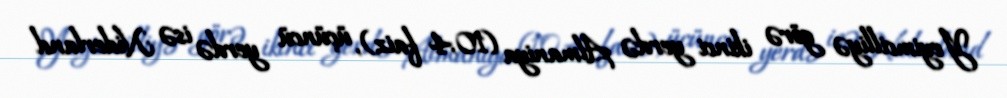
Yeyimcilliyə görə ikinci yerdə Almaniya (10,4 faiz), üçüncü yerdə isə Niderland